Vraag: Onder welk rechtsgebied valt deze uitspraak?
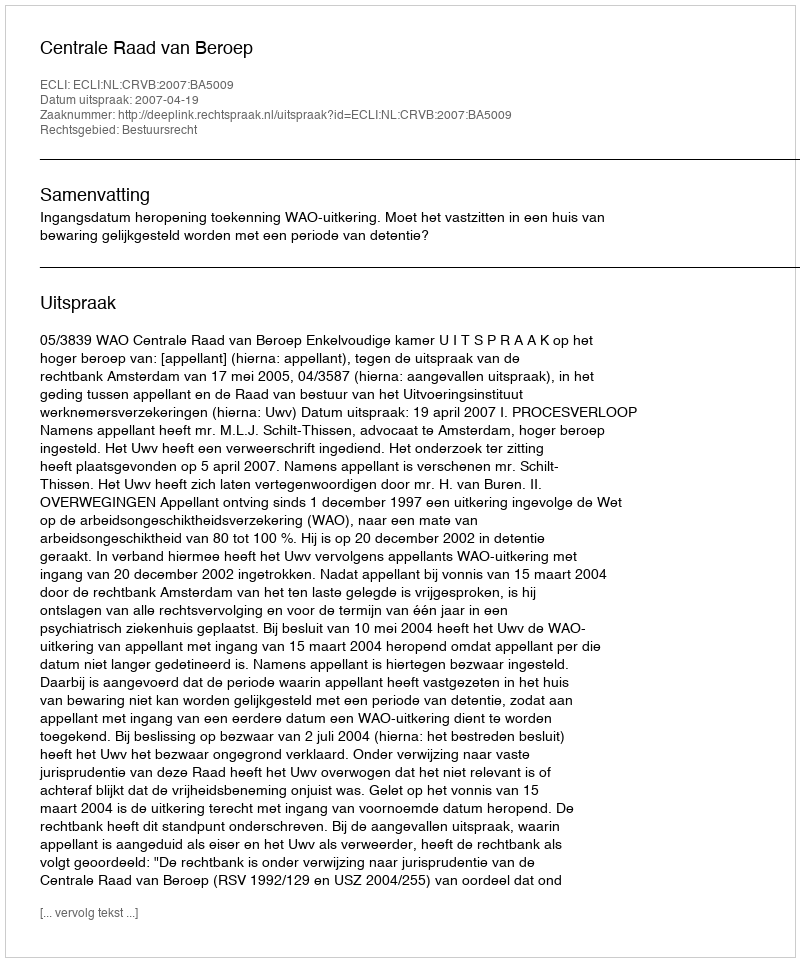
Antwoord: Bestuursrecht